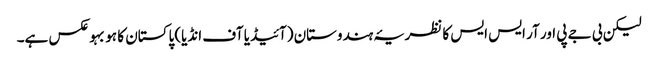
لیکن بی جے پی اور آر ایس ایس کا نظریۂ ہندوستان (آئیڈیا آف انڈیا) پاکستان کا ہو بہو عکس ہے۔